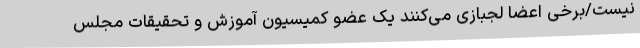
نیست/برخی اعضا لجبازی می‌کنند یک عضو کمیسیون آموزش و تحقیقات مجلس